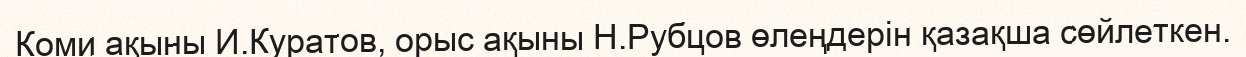
Коми ақыны И.Куратов, орыс ақыны Н.Рубцов өлеңдерін қазақша сөйлеткен.